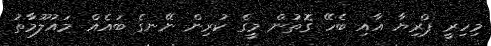
މިހިރީ ޕްރިޔާ އާއި ބެހޭ ގޮތުން މީގެ ކުރިން ނޭނގެ ބައެއް މައުލޫމާތު